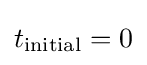
t_{\text{initial}}=0